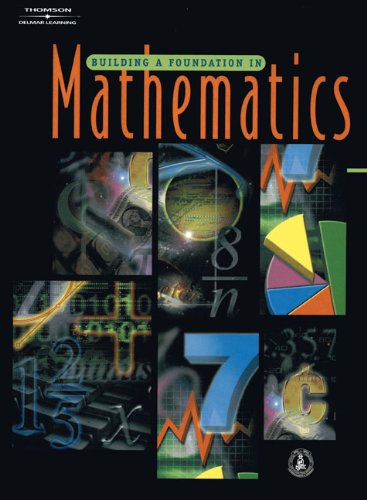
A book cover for Building a Foundation in Mathematics; NJATC NJATC; Science & Math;